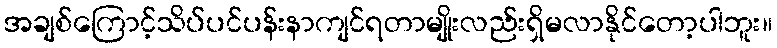
အချစ်ကြောင့်သိပ်ပင်ပန်းနာကျင်ရတာမျိုးလည်းရှိမလာနိုင်တော့ပါဘူး။